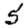
Digit: 5